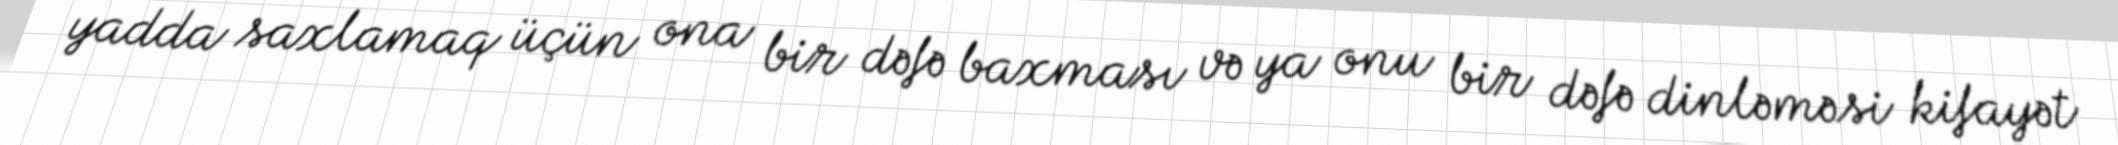
yadda saxlamaq üçün ona bir dəfə baxması və ya onu bir dəfə dinləməsi kifayət